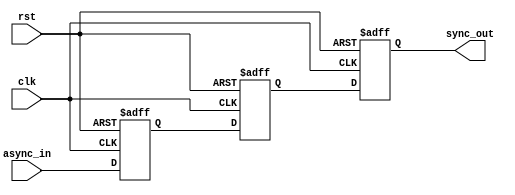
module metastability_detector (
    input wire clk,           // Clock signal
    input wire async_in,     // Asynchronous input signal
    input wire rst,          // Reset signal (optional)
    output reg sync_out      // Synchronized output signal
);

    // Internal signals for the first and second flip-flops
    reg ff1, ff2;

    // First flip-flop (FF1)
    always @(posedge clk or posedge rst) begin
        if (rst) begin
            ff1 <= 1'b0; // Initialize to a known state on reset
        end else begin
            ff1 <= async_in; // Sample the asynchronous input
        end
    end

    // Second flip-flop (FF2)
    always @(posedge clk or posedge rst) begin
        if (rst) begin
            ff2 <= 1'b0; // Initialize to a known state on reset
        end else begin
            ff2 <= ff1; // Sample the output of FF1
        end
    end

    // Output assignment
    always @(posedge clk or posedge rst) begin
        if (rst) begin
            sync_out <= 1'b0; // Initialize to a known state on reset
        end else begin
            sync_out <= ff2; // Output the synchronized signal
        end
    end

endmodule